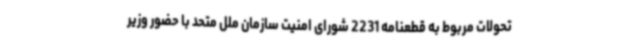
تحولات مربوط به قطعنامه 2231 شورای امنیت سازمان ملل متحد با حضور وزیر